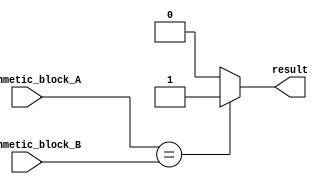
module Arithmetic_Equality_Comparator (
    input [7:0] arithmetic_block_A,
    input [7:0] arithmetic_block_B,
    output reg result
);

always @ (*) begin
    if (arithmetic_block_A == arithmetic_block_B) begin
        result = 1;
    end else begin
        result = 0;
    end
end

endmodule